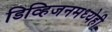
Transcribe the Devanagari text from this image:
डिव्हिजनमध्येही